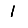
Digit: 1